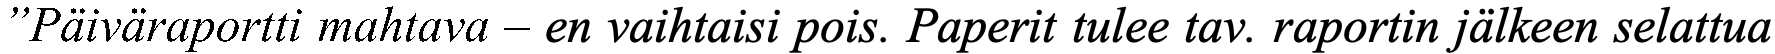
”Päiväraportti mahtava – en vaihtaisi pois. Paperit tulee tav. raportin jälkeen selattua